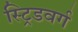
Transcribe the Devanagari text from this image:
स्ट्रिडवर्ग